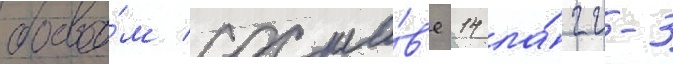
боево́м соста́в'е 14 ла́гг-3